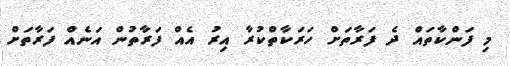
މި ފަންކާތައް ދެ ފަރާތަށް ހަރަކާތްކުރާ އިރު އެއް ފަރާތުން އަނެއް ފަރާތަށް